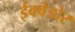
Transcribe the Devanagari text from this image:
ईक्वेडोर